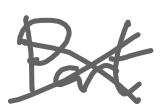
Text: Part
Cross-out: cross
Writing tool: digital_gray